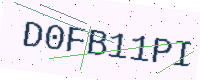
Text: D0FB11PI